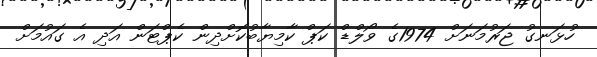
ހުޅަނގު ޖަރުމަނަށް 1974ގެ ވޯލްޑް ކަޕް ކާމިޔާބުކޮށްދިން ކެޕްޓަން އަދި އެ ގައުމަށް